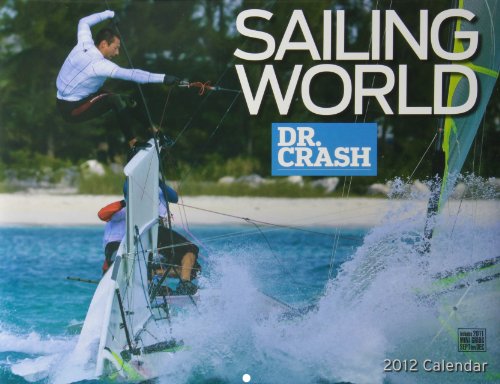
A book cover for Sailing World - Dr. Crash 2012; Calendars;